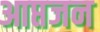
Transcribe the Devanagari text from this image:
आप्तजन